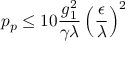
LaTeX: p _ { p } \leq 1 0 \frac { g _ { 1 } ^ { 2 } } { \gamma \lambda } \left( \frac { \epsilon } { \lambda } \right) ^ { 2 }